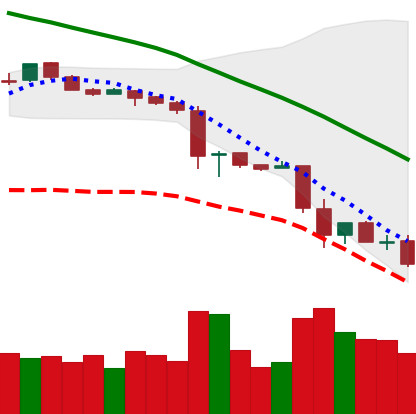
Ticker: LTC-USD
Chart end date: 2018-11-24
Forward return: 15.675%
Label: up_7plus